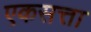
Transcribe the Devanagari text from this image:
एकसत्ता